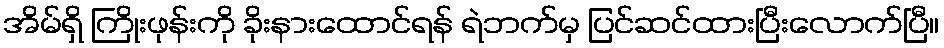
အိမ်ရှိ ကြိုးဖုန်းကို ခိုးနားထောင်ရန် ရဲဘက်မှ ပြင်ဆင်ထားပြီးလောက်ပြီ။